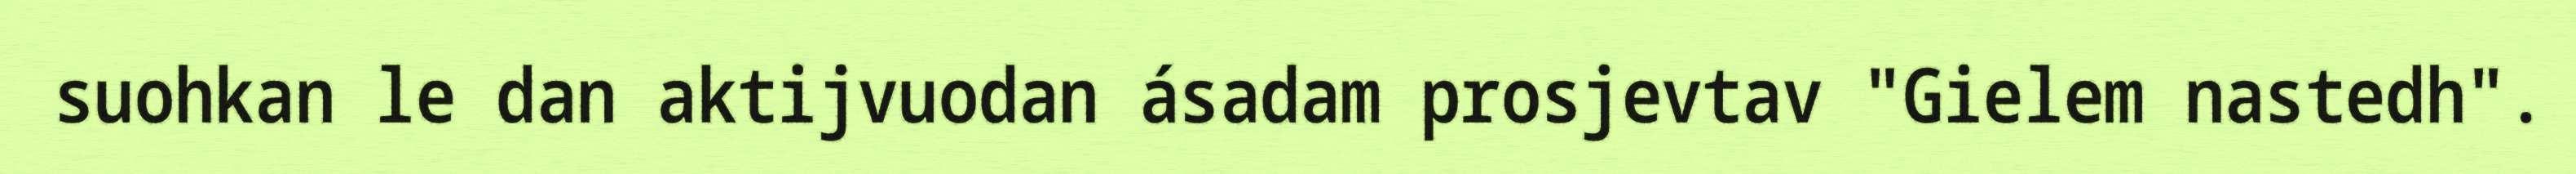
suohkan le dan aktijvuodan ásadam prosjevtav "Gielem nastedh".